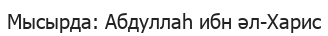
Мысырда: Абдуллаһ ибн әл-Харис